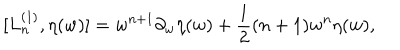
LaTeX: [ L _ { n } ^ { ( 1 ) } , \eta ( w ) ] = w ^ { n + 1 } \partial _ { w } \eta ( w ) + \frac { 1 } { 2 } ( n + 1 ) w ^ { n } \eta ( w ) ,